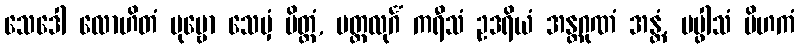
သေဒေါ လောဟိတံ ပုဗ္ဗော သေမှံ ပိတ္တံ, မတ္ထလုင်္ဂံ ကရီသံ ဥဒရိယံ အန္တဂုဏံ အန္တံ, ပပ္ဖါသံ ပိဟကံ